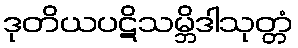
ဒုတိယပဋိသမ္ဘိဒါသုတ္တံ